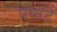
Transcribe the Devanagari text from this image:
पेयोटे